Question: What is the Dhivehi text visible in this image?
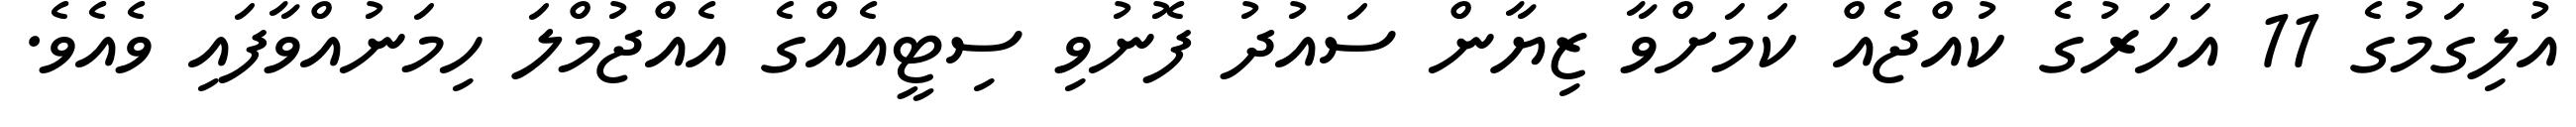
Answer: އުލިގަމުގެ 11 އަހަރުގެ ކުއްޖެއް ކަމަށްވާ ޒިޔާން ސައުދު ފޮނުވި ސިޓީއެއްގެ އެއްޖުމްލަ ހިމަނުއްވާފައި ވެއެވެ.